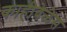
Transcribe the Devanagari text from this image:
काहीवेळेस